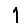
Digit: 1